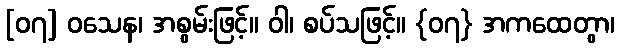
[၀၇] ဝသေန၊ အစွမ်းဖြင့်။ ဝါ၊ စပ်သဖြင့်။ {၀၇} အကထေတွာ၊